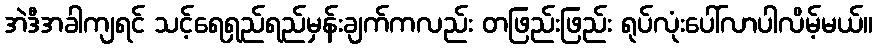
အဲဒီအခါကျရင် သင့်ရေရှည်ရည်မှန်းချက်ကလည်း တဖြည်းဖြည်း ရုပ်လုံးပေါ်လာပါလိမ့်မယ်။